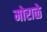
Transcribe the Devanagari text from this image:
मोराळे